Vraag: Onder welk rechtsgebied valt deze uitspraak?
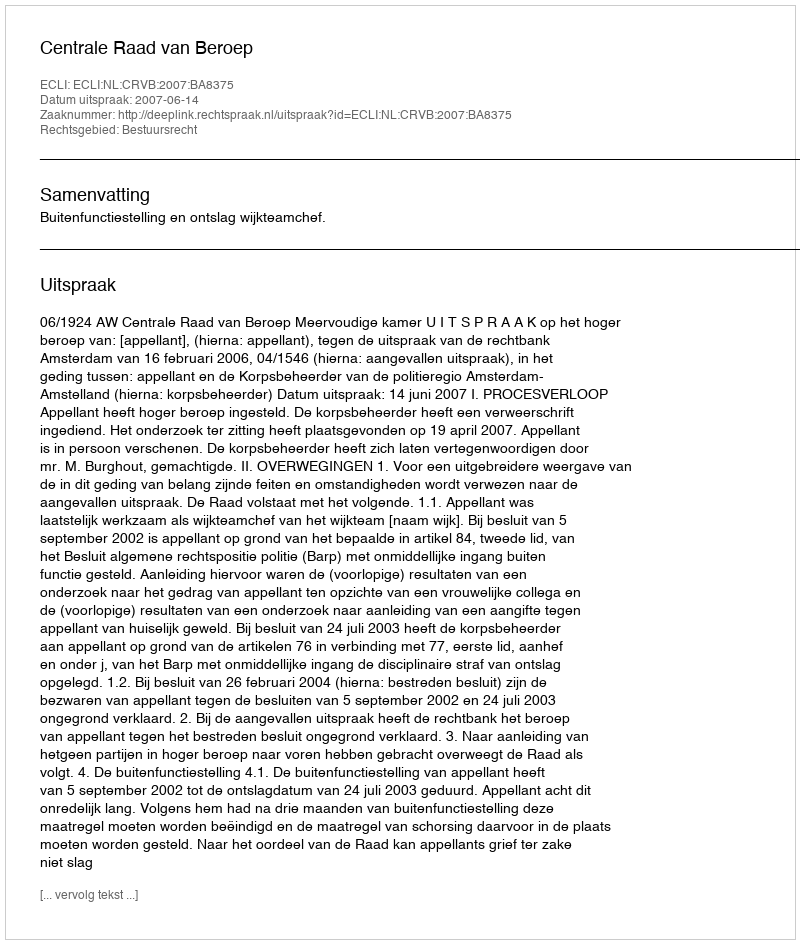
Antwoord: Bestuursrecht